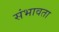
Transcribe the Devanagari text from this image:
संभावता